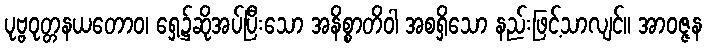
ပုဗ္ဗဝုတ္တနယတောဝ၊ ရှေ့၌ဆိုအပ်ပြီးသော အနိစ္စာတိဝါ အစရှိသော နည်းဖြင့်သာလျင်။ အာဝဇ္ဇန